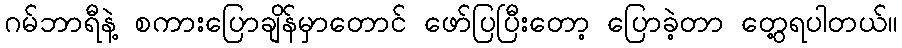
ဂမ်ဘာရီနဲ့ စကားပြောချိန်မှာတောင် ဖော်ပြပြီးတော့ ပြောခဲ့တာ တွေ့ရပါတယ်။